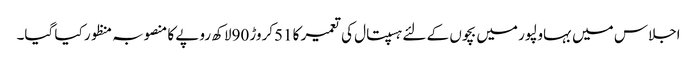
اجلاس میں بہاولپور میں بچوں کے لئے ہسپتال کی تعمیر کا 51کروڑ 90لاکھ روپے کا منصوبہ منظور کیا گیا۔